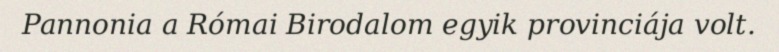
Pannonia a Római Birodalom egyik provinciája volt.